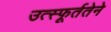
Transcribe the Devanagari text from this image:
उत्स्फूर्ततेने